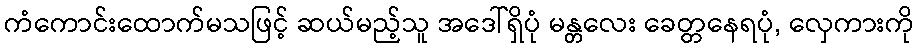
ကံကောင်းထောက်မသဖြင့် ဆယ်မည့်သူ အဒေါ်ရှိပုံ မန္တလေး ခေတ္တနေရပုံ, လှေကားကို